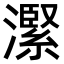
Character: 𪷬